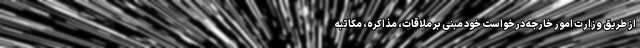
از طریق وزارت امور خارجه درخواست خود مبنی بر ملاقات، مذاکره، مکاتبه